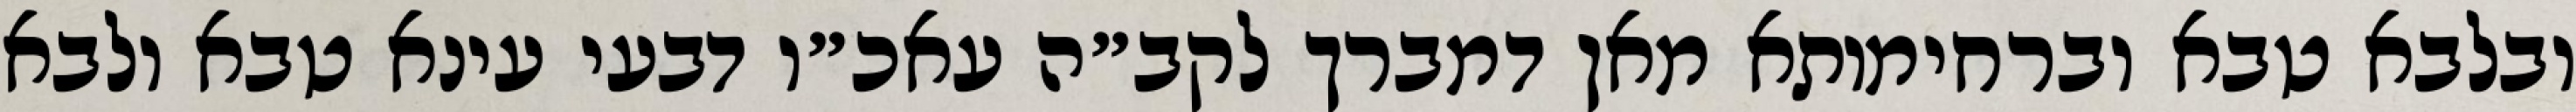
ובלבא טבא וברחימותא מאן דמברך לקב״ה עאכ״ו דבעי עינא טבא ולבא